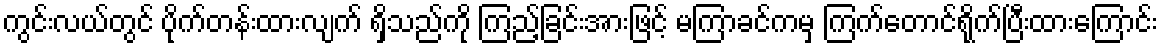
ကွင်းလယ်တွင် ပိုက်တန်းထားလျက် ရှိသည်ကို ကြည့်ခြင်းအားဖြင့် မကြာခင်ကမှ ကြက်တောင်ရိုက်ပြီးထားကြောင်း